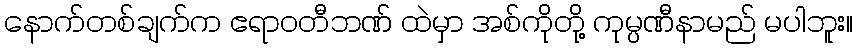
နောက်တစ်ချက်က ဧရာဝတီဘဏ် ထဲမှာ အစ်ကိုတို့ ကုမ္ပဏီနာမည် မပါဘူး။